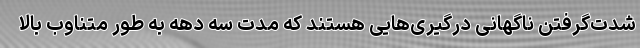
شدت‌گرفتن ناگهانی درگیری‌هایی‌ هستند که مدت سه دهه به طور متناوب بالا